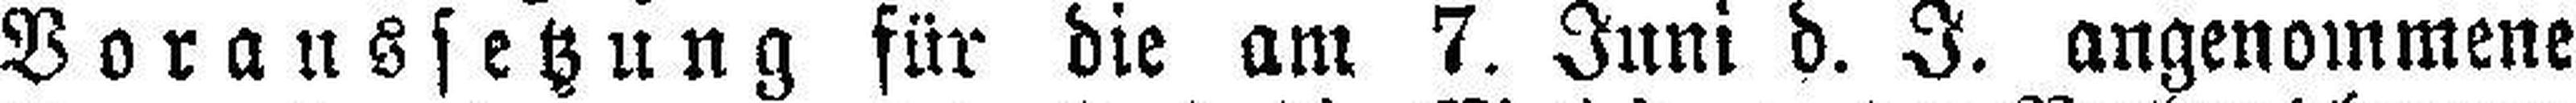
Voraussetzung für die am 7. Juni d. J. angenommene